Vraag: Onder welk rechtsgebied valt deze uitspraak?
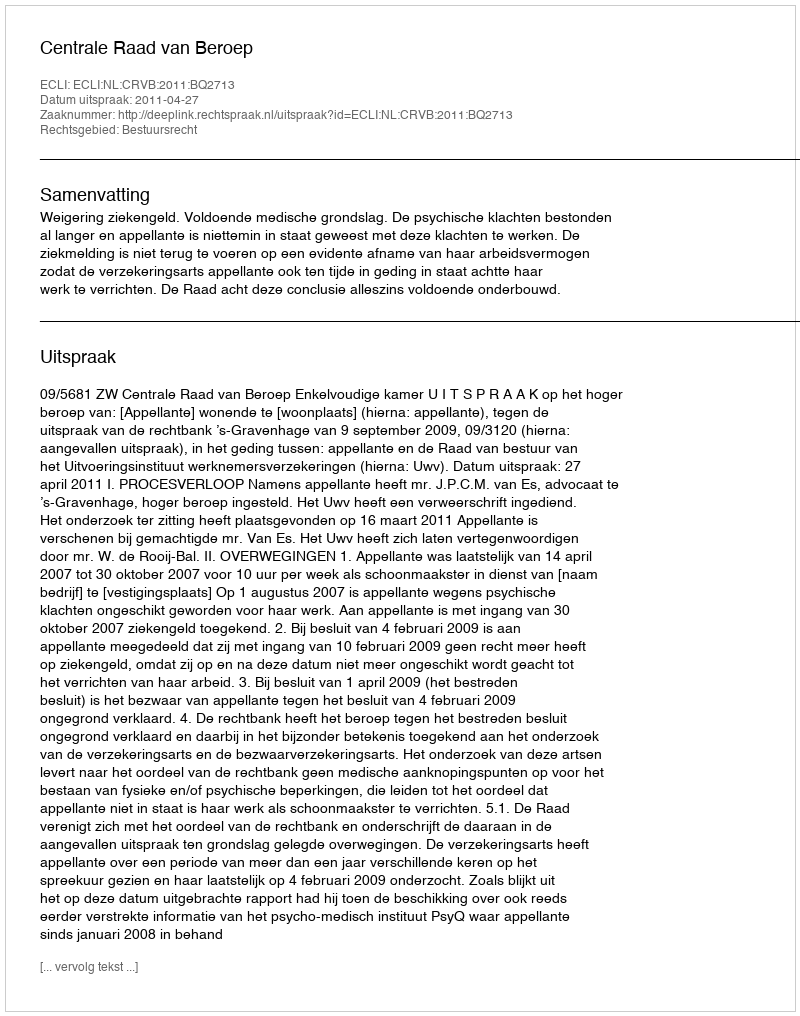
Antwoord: Bestuursrecht